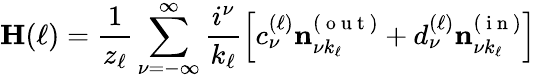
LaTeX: \mathbf{H}(\ell)=\frac{1}{z_{\ell}}\sum_{\nu=-\infty}^{\infty}\frac{i^{\nu}}{k_{\ell}}\left[c_{\nu}^{(\ell)}\mathbf{n}_{\nu k_{\ell}}^{(\mathrm{~o~u~t~})}+d_{\nu}^{(\ell)}\mathbf{n}_{\nu k_{\ell}}^{(\mathrm{~i~n~})}\right]